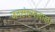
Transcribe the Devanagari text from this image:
जनसंख्यावाला